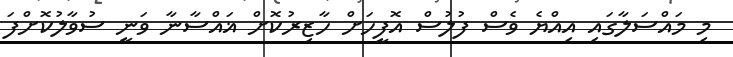
މި މައްސަލާގައި އިއްޔެ ވެސް ފުލުސް އޮފީހަށް ހާޒިރުކޮށް ޣައްސާނާ ވަނީ ސުވާލުކޮށްފަ